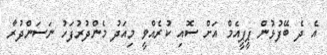
އެ ދެ ބޭފުޅުން ޕީޕީއެމް އަށް ސޮއި ކުރެއްވީ މިއަދު މެންދުރުފަހު ނަސަންދުރާ